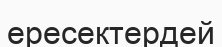
ересектердей